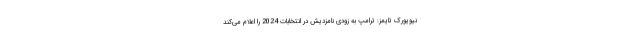
نیویورک تایمز: ترامپ به‌ زودی نامزدیش در انتخابات 2024 را اعلام می‌کند